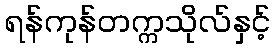
ရန်ကုန်တက္ကသိုလ်နှင့်